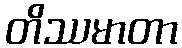
တိဿမာတာ